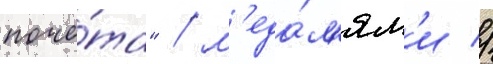
почё́та" / м'еда́л'ям'и //